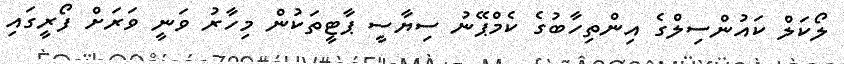
ލޯކަލް ކައުންސިލްގެ އިންތިހާބުގެ ކެމްޕޭނު ސިޔާސީ ޕާޓީތަކުން މިހާރު ވަނީ ވަރަށް ފޯރީގައި